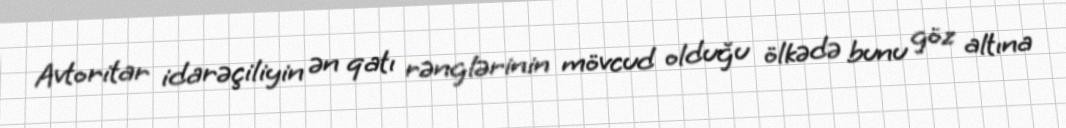
Avtoritar idarəçiliyin ən qatı rənglərinin mövcud olduğu ölkədə bunu göz altına